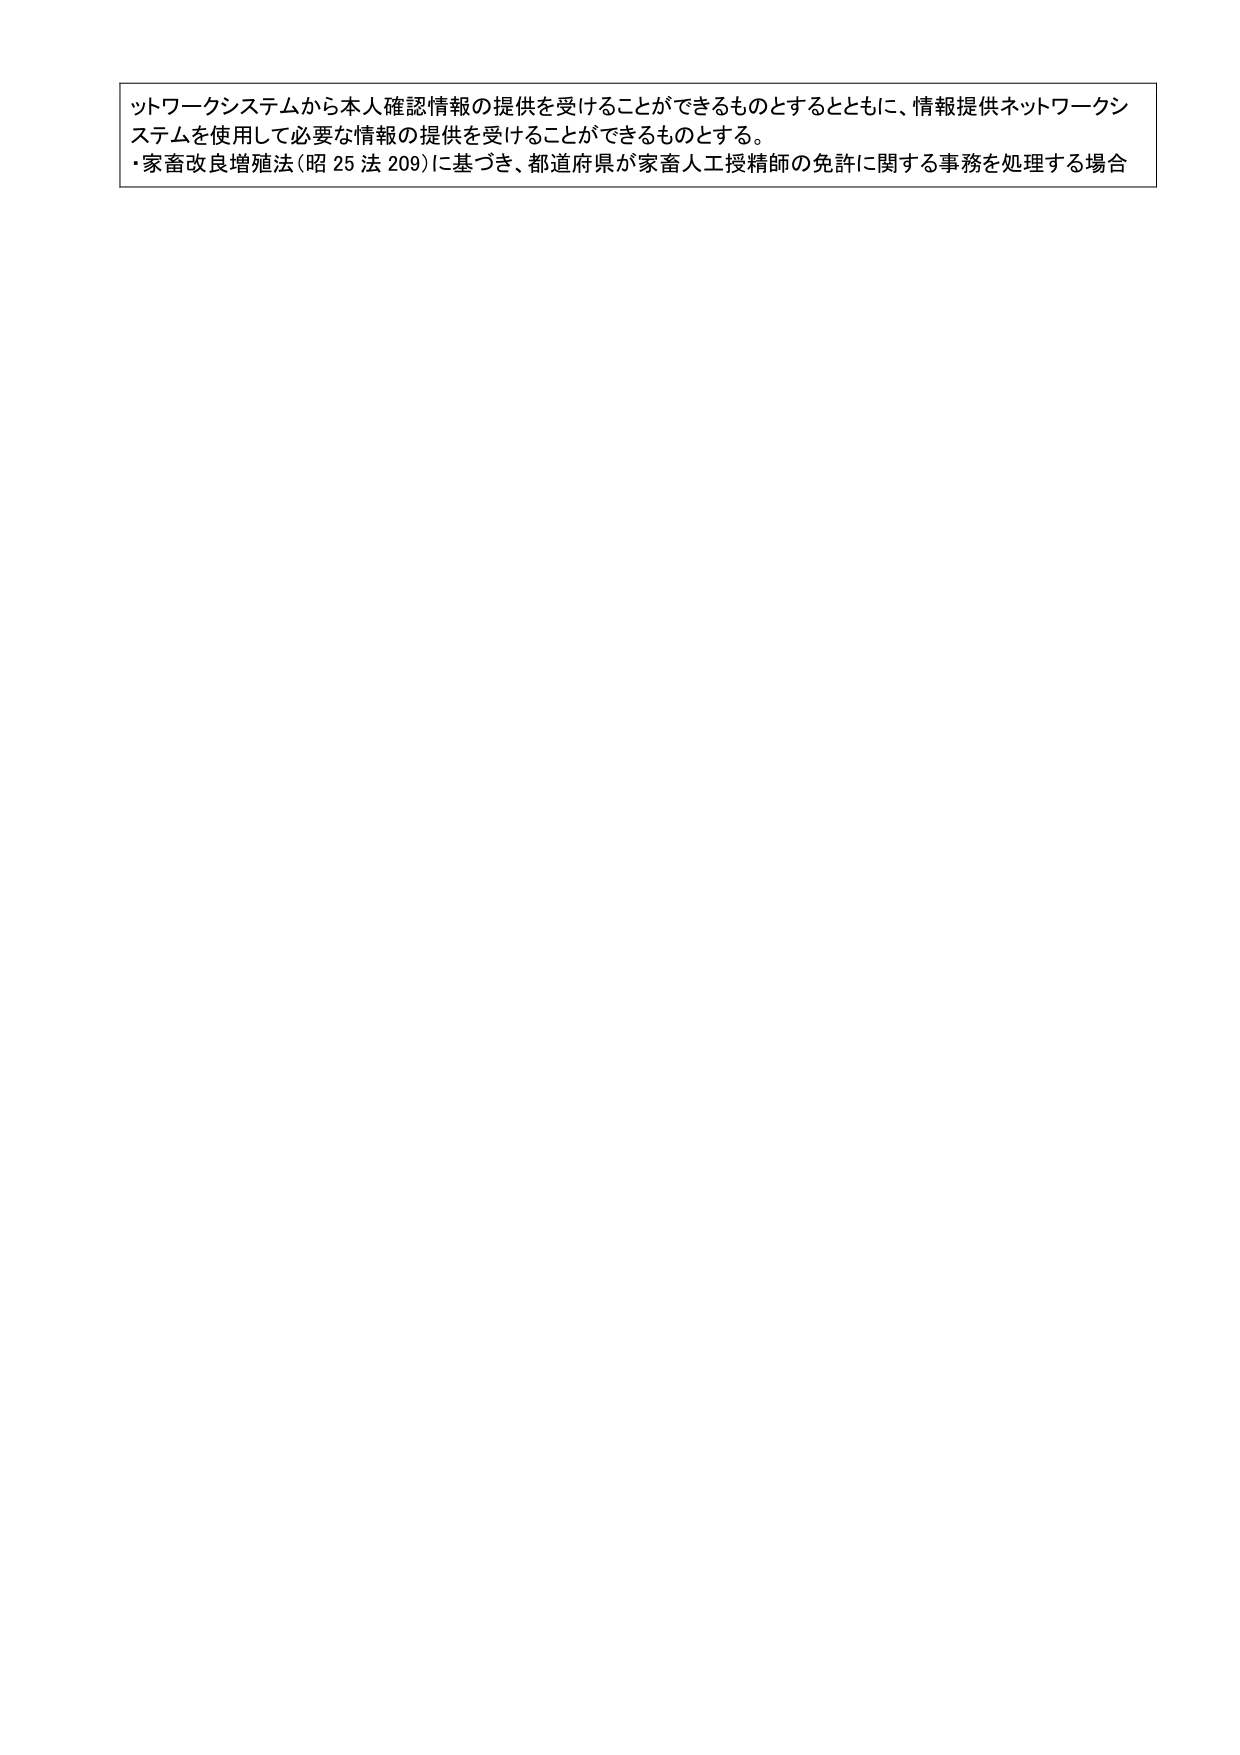
ットワークシステムから本人確認情報の提供を受けることができるものとするとともに、情報提供ネットワークシステムを使用して必要な情報の提供を受けることができるものとする。
・家畜改良増殖法（昭25法209）に基づき、都道府県が家畜人工授精師の免許に関する事務を処理する場合